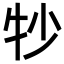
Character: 𬌜